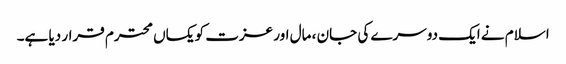
اسلام نے ایک دوسرے کی جان ، مال اور عزت کویکساں محترم قرار دیا ہے۔